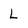
Character: L